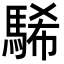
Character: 䮎